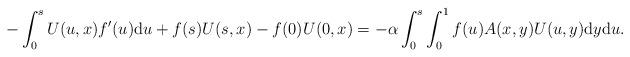
LaTeX: \begin{align*} - \int_0^s U(u,x)f'(u)\mathrm{d}u+f(s)U(s,x)-f(0)U(0,x) =-\alpha \int_0^s \int_0^1 f(u)A(x,y)U(u,y)\mathrm{d}y\mathrm{d}u. \end{align*}